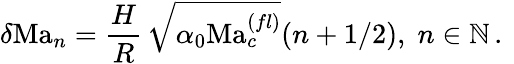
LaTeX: {\delta\mathrm{Ma}_{n}=\frac{H}{R}\, \sqrt{\alpha_{0}\mathrm{Ma}_{c}^{(fl)}}(n+1/2),\; n\in\mathbb{N}}\, .\